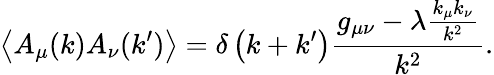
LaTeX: \left\langle A_{\mu}(k)A_{\nu}(k^{\prime})\right\rangle=\delta\left(k+k^{\prime}\right){\frac{g_{\mu\nu}-\lambda{\frac{k_{\mu}k_{\nu}}{k^{2}}}}{k^{2}}}.